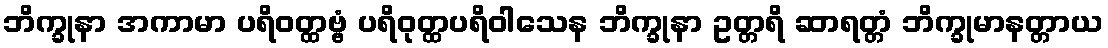
ဘိက္ခုနာ အကာမာ ပရိဝတ္ထဗ္ဗံ ပရိဝုတ္ထပရိဝါသေန ဘိက္ခုနာ ဥတ္တရိ ဆာရတ္တံ ဘိက္ခုမာနတ္တာယ